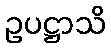
ဥပဋ္ဌာသိ